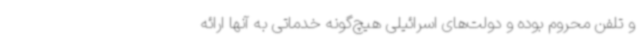
و تلفن محروم بوده و دولت‌های اسرائیلی هیچ‌گونه خدماتی به آنها ارائه